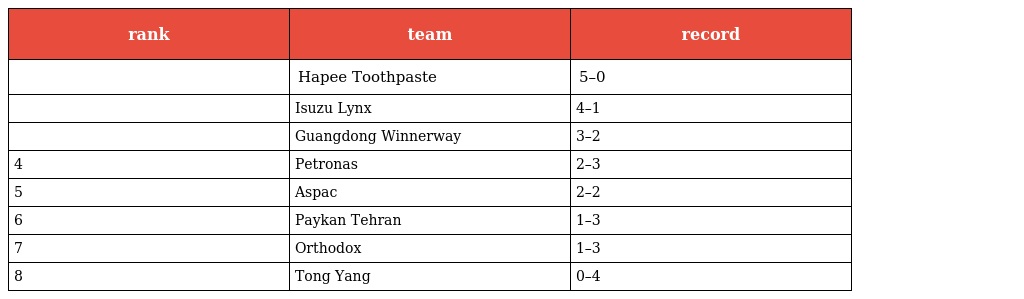
| rank | team | record |
 | --- | --- | --- |
 |  | Hapee Toothpaste | 5–0 |
 |  | Isuzu Lynx | 4–1 |
 |  | Guangdong Winnerway | 3–2 |
 | 4 | Petronas | 2–3 |
 | 5 | Aspac | 2–2 |
 | 6 | Paykan Tehran | 1–3 |
 | 7 | Orthodox | 1–3 |
 | 8 | Tong Yang | 0–4 |